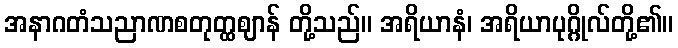
အနာဂတံသညာဏစတုတ္ထဈာန် တို့သည်။ အရိယာနံ၊ အရိယာပုဂ္ဂိုလ်တို့၏။